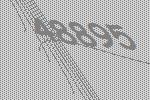
48895